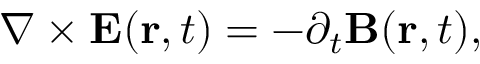
\nabla \times \mathbf { E } ( \mathbf { r } , t ) = - \partial _ { t } \mathbf { B } ( \mathbf { r } , t ) ,